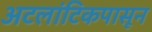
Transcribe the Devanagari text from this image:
अटलांटिकपासून